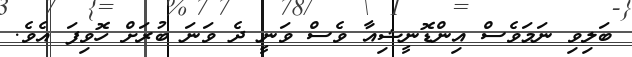
ބަލިވި ނަމަވެސް އިންޑޮނީޝިއާ ވެސް ވަނީ ދެ ވަނަ ބުރަށް ހޮވިފަ އެވެ.